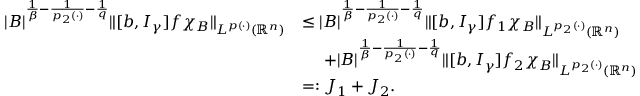
\begin{array} { r l } { | B | ^ { \frac { 1 } { \beta } - \frac { 1 } { p _ { 2 } ( \cdot ) } - \frac { 1 } { q } } \| [ b , I _ { \gamma } ] f \chi _ { B } \| _ { L ^ { p ( \cdot ) } ( \mathbb { R } ^ { n } ) } } & { \leq | B | ^ { \frac { 1 } { \beta } - \frac { 1 } { p _ { 2 } ( \cdot ) } - \frac { 1 } { q } } \| [ b , I _ { \gamma } ] f _ { 1 } \chi _ { B } \| _ { L ^ { p _ { 2 } ( \cdot ) } ( \mathbb { R } ^ { n } ) } } \\ & { ~ ~ ~ ~ + | B | ^ { \frac { 1 } { \beta } - \frac { 1 } { p _ { 2 } ( \cdot ) } - \frac { 1 } { q } } \| [ b , I _ { \gamma } ] f _ { 2 } \chi _ { B } \| _ { L ^ { p _ { 2 } ( \cdot ) } ( \mathbb { R } ^ { n } ) } } \\ & { = : J _ { 1 } + J _ { 2 } . } \end{array}